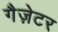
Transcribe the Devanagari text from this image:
गैज़ेटर